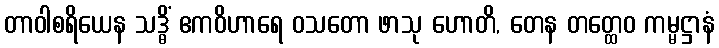
တာဝါစရိယေန သဒ္ဓိံ ဧကဝိဟာရေ ဝသတော ဖာသု ဟောတိ, တေန တတ္ထေဝ ကမ္မဋ္ဌာနံ